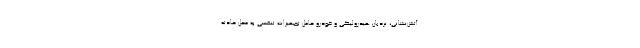
آتش‌نشانی، نردبان هیدرولیکی و خودرو حامل تجهیزات تنفسی به محل حادثه